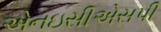
એનઇસીએસપી